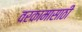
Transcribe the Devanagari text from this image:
वरकामासाठी